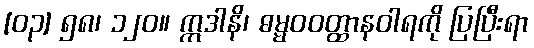
[၀၃] ၅၈၊ ၁၂၀။ ဣဒါနိ၊ ဓမ္မဝဝတ္ထာနဝါရကို ပြပြီးရာ